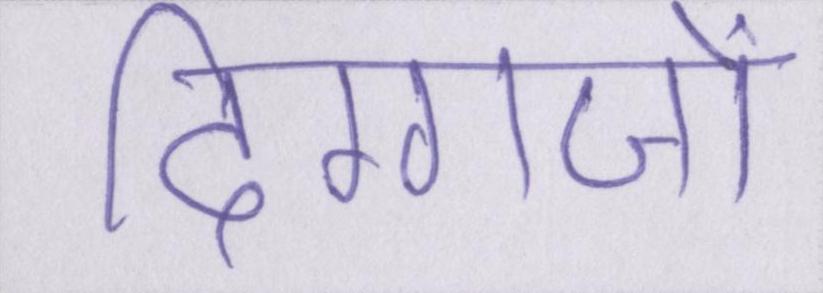
दिग्गजों